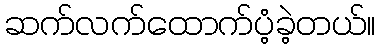
ဆက်လက်ထောက်ပံ့ခဲ့တယ်။